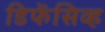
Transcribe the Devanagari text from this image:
डिफेंसिव्ह